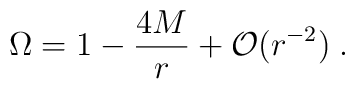
\Omega =  1- \frac{4M}{r} + {\cal O}(r^{-2}) \; .